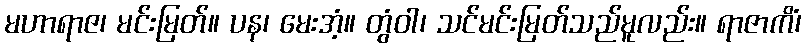
မဟာရာဇ၊ မင်းမြတ်။ ပန၊ မေးအံ့။ တွံဝါ၊ သင်မင်းမြတ်သည်မူလည်း။ ရာဇာကိံ၊